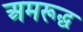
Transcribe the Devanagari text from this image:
अमरूद्ध